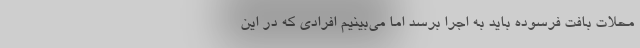
محلات بافت فرسوده باید به اجرا برسد اما می‌بینیم افرادی که در این